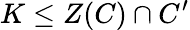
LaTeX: K\leq Z(C)\cap C^{\prime}